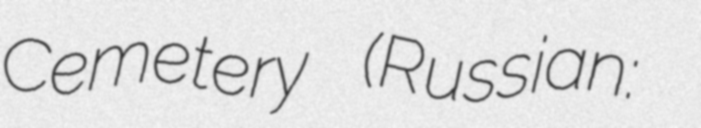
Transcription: Cemetery (Russian: Смоленское